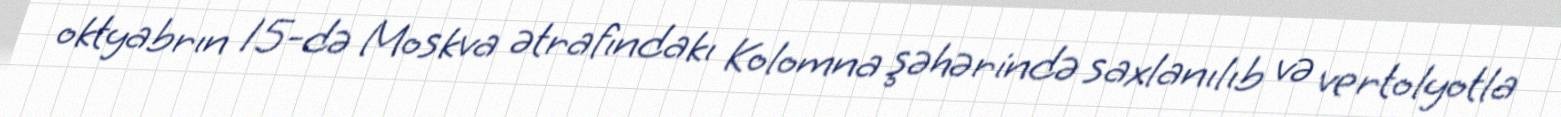
oktyabrın 15-də Moskva ətrafındakı Kolomna şəhərində saxlanılıb və vertolyotla